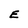
Character: E